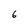
Character: 6